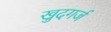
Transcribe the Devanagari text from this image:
खुदगर्ज